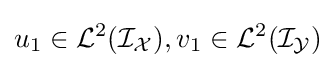
u_{1}\in {\mathcal {L}}^{2}({\mathcal {I_{X}}}),v_{1}\in {\mathcal {L}}^{2}({\mathcal {I_{Y}}})